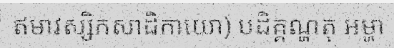
ឥមាវស្សិកសាដិកាយោ) បដិគ្គណ្ហតុ អម្ហា